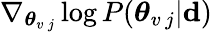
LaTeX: \nabla_{\boldsymbol{\theta}_{v\, j}}\log P(\boldsymbol{\theta}_{v\, j}|{\mathbf d})